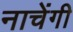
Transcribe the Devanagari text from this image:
नाचेंगी